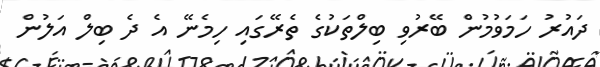
ދައުރު ހަމަވުމުން ބޭރުވި ބިލްތަކުގެ ތެރޭގައި ހިމެނޭ އެ ދެ ބިލް އަލުން